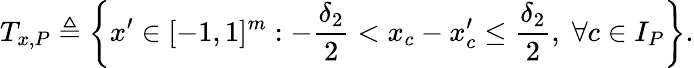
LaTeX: T_{x,P}\triangleq\left\{ x^{\prime}\in[-1,1]^{m}:-\frac{\delta_{2}}{2}<x_{c}-x_{c}^{\prime}\leq\frac{\delta_{2}}{2},\; \forall c\in I_{P}\right\} .